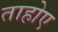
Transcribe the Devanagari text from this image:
ताहोए